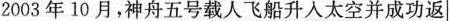
2003年10月，神舟五号载人飞船升入太空并成功返